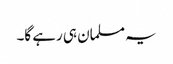
یہ مسلمان ہی رہے گا۔